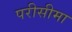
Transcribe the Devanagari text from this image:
परीसीमा